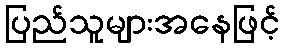
ပြည်သူများအနေဖြင့်